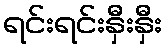
ရင်းရင်းနှီးနှီး